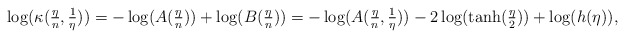
\begin{align*}\log(\kappa(\tfrac{\eta}{n}, \tfrac{1}{\eta})) = -\log(A(\tfrac{\eta}{n})) + \log(B(\tfrac{\eta}{n})) = - \log( A(\tfrac{\eta}{n}, \tfrac{1}{\eta})) - 2\log(\tanh(\tfrac{\eta}{2})) + \log(h(\eta)),\end{align*}